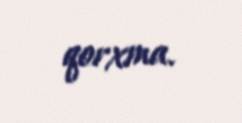
qorxma.